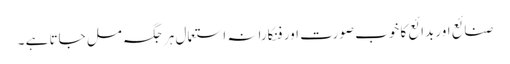
صنائع اور بدائع کا خوب صورت اور فنکارانہ استعمال ہر جگہ مل جاتا ہے ۔